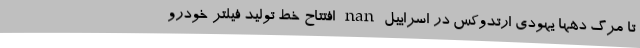
تا مرگ دهها یهودی ارتدوکس در اسراییل nan افتتاح خط تولید فیلتر خودرو